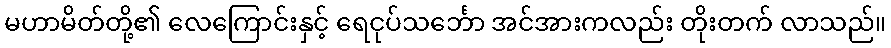
မဟာမိတ်တို့၏ လေကြောင်းနှင့် ရေငုပ်သင်္ဘော အင်အားကလည်း တိုးတက် လာသည်။